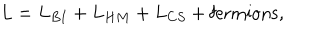
L = L _ { B I } + L _ { H M } + L _ { C S } + \mathrm { f e r m i o n s } ,